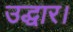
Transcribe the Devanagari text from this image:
उद्धार।